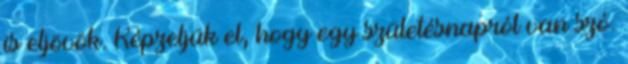
is eljövök. Képzeljük el, hogy egy születésnapról van szó.